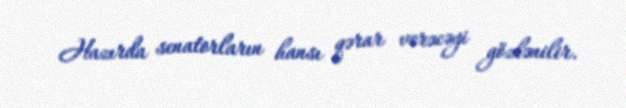
Hazırda senatorların hansı qərar verəcəyi gözlənilir.